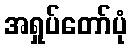
အရှုပ်တော်ပုံ